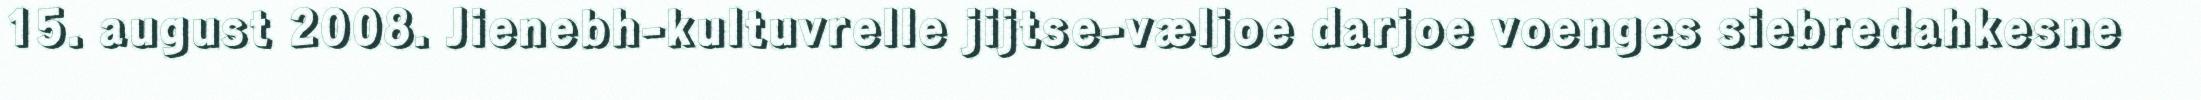
15. august 2008. Jienebh-kultuvrelle jijtse-væljoe darjoe voenges siebredahkesne